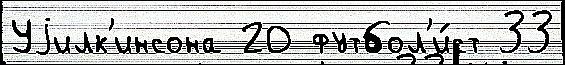
Уjилк'инсона 20 футбол'и́ст 33